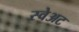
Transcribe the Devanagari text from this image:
स्वेअट